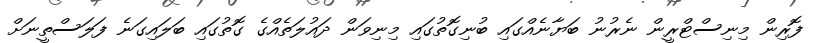
ފޮރިން މިނިސްޓްރީން ނެރުނު ބަޔާނެއްގައި ބުނިގޮތުގައި މިނިވަން ދައުލަތެއްގެ ގޮތުގައި ބަލައިގަނެ ފަލަސްތީނަށް